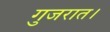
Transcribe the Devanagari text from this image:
गुजरात।